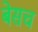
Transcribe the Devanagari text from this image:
बेसच